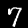
Label: 7